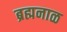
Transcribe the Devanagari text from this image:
ब्रह्मनाळ